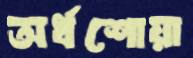
অর্ধশোয়া